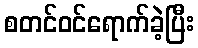
စတင်ဝင်ရောက်ခဲ့ပြီး